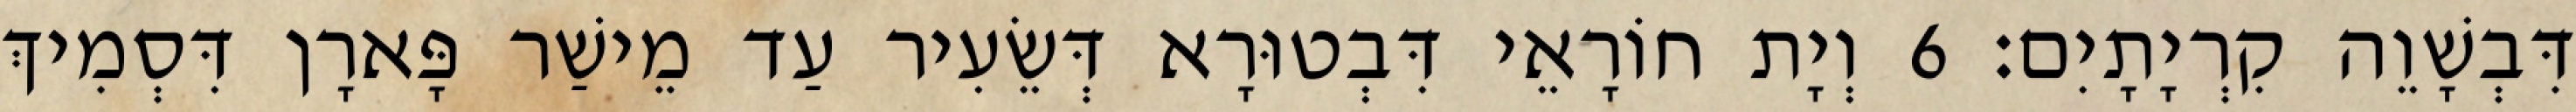
דִּבְשָׁוֵה קִרְיָתָיִם׃ 6 וְיָת חוֹרָאֵי דִּבְטוּרָא דְּשֵׂעִיר עַד מֵישַׁר פָּארָן דִּסְמִיךְ